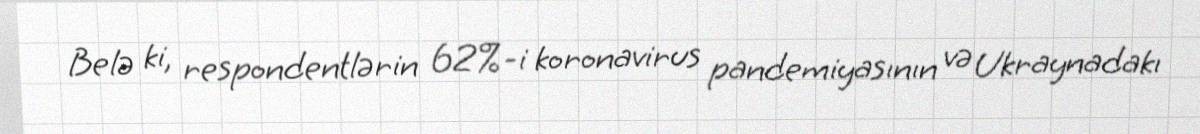
Belə ki, respondentlərin 62%-i koronavirus pandemiyasının və Ukraynadakı